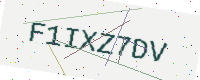
Text: F1IXZ7DV